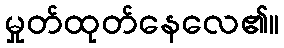
မှုတ်ထုတ်နေလေ၏။